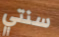
سنتي